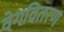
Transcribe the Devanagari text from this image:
वेगवितरण